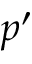
p ^ { \prime }